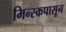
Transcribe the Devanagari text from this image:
मिन्स्कपासून